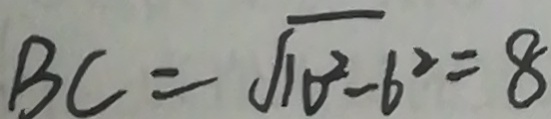
B C = \sqrt { 1 0 ^ { 2 } - 6 ^ { 2 } } = 8